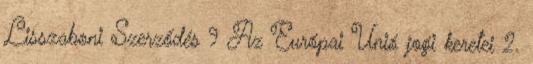
Lisszaboni Szerződés 9 Az Európai Unió jogi keretei 2.